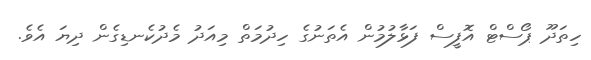
ހިތަދޫ ޕޯސްޓް އޮފީސް ފަޅާލުމުން އެތަނުގެ ހިދުމަތް މިއަދު މެދުކެނޑިގެން ދިޔަ އެވެ.